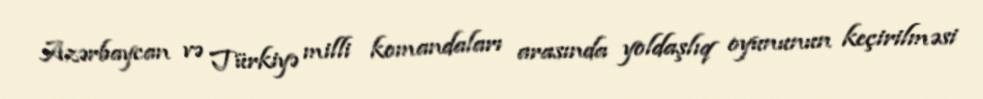
Azərbaycan və Türkiyə milli komandaları arasında yoldaşlıq oyununun keçirilməsi